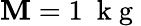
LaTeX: \mathbf{M}=1~\mathrm{{~k~g~}}